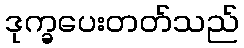
ဒုက္ခပေးတတ်သည်